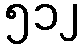
၅၁၂